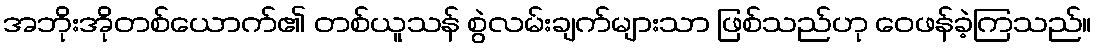
အဘိုးအိုတစ်ယောက်၏ တစ်ယူသန် စွဲလမ်းချက်များသာ ဖြစ်သည်ဟု ဝေဖန်ခဲ့ကြသည်။